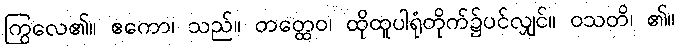
ကြွလေ၏။ ဧကော၊ သည်။ တတ္ထေဝ၊ ထိုထူပါရုံတိုက်၌ပင်လျှင်။ ဝသတိ၊ ၏။